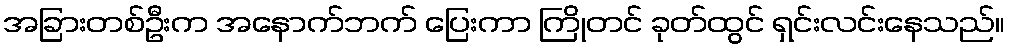
အခြားတစ်ဦးက အနောက်ဘက် ပြေးကာ ကြိုတင် ခုတ်ထွင် ရှင်းလင်းနေသည်။